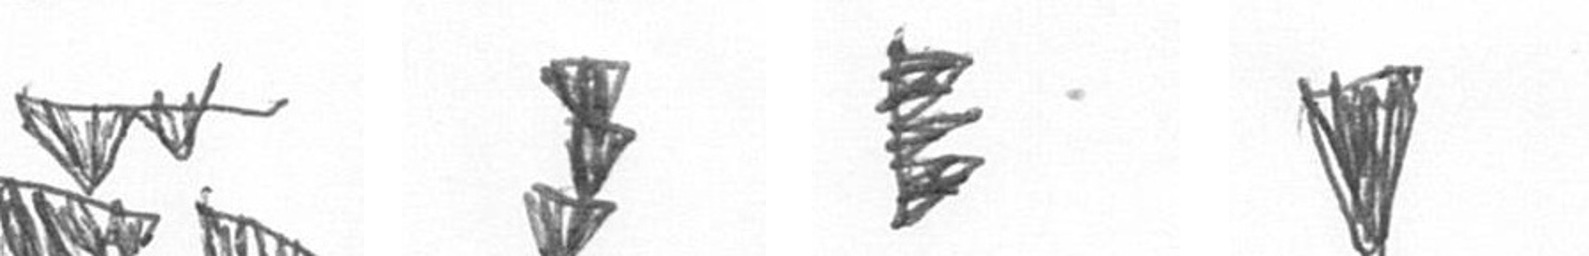
B E H J